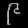
Digit: ၉